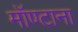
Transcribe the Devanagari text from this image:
मॉण्टाना